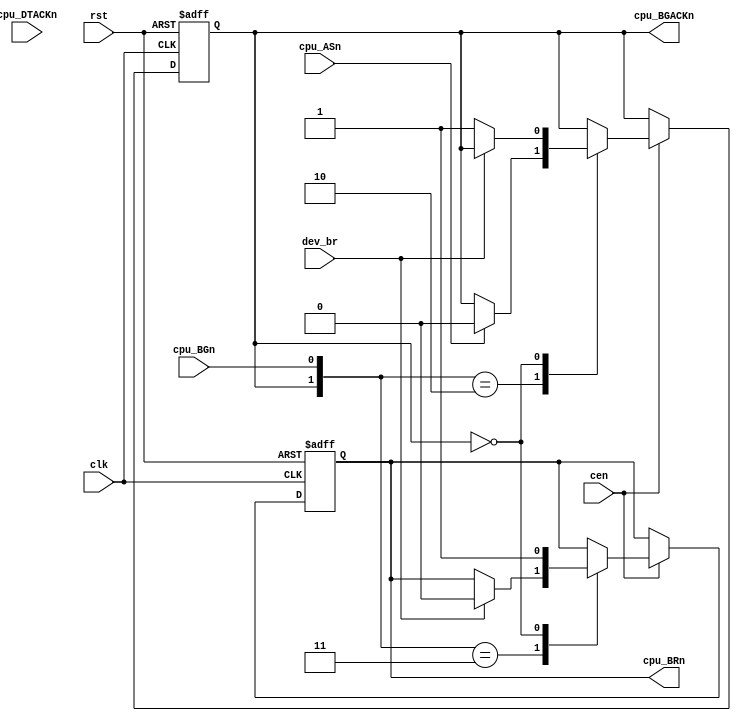
/*
  
   Multicore 2 / Multicore 2+
  
   Copyright (c) 2017-2020 - Victor Trucco

  
   All rights reserved
  
   Redistribution and use in source and synthezised forms, with or without
   modification, are permitted provided that the following conditions are met:
  
   Redistributions of source code must retain the above copyright notice,
   this list of conditions and the following disclaimer.
  
   Redistributions in synthesized form must reproduce the above copyright
   notice, this list of conditions and the following disclaimer in the
   documentation and/or other materials provided with the distribution.
  
   Neither the name of the author nor the names of other contributors may
   be used to endorse or promote products derived from this software without
   specific prior written permission.
  
   THIS CODE IS PROVIDED BY THE COPYRIGHT HOLDERS AND CONTRIBUTORS "AS IS"
   AND ANY EXPRESS OR IMPLIED WARRANTIES, INCLUDING, BUT NOT LIMITED TO,
   THE IMPLIED WARRANTIES OF MERCHANTABILITY AND FITNESS FOR A PARTICULAR
   PURPOSE ARE DISCLAIMED. IN NO EVENT SHALL THE AUTHOR OR CONTRIBUTORS BE
   LIABLE FOR ANY DIRECT, INDIRECT, INCIDENTAL, SPECIAL, EXEMPLARY, OR
   CONSEQUENTIAL DAMAGES (INCLUDING, BUT NOT LIMITED TO, PROCUREMENT OF
   SUBSTITUTE GOODS OR SERVICES; LOSS OF USE, DATA, OR PROFITS; OR BUSINESS
   INTERRUPTION) HOWEVER CAUSED AND ON ANY THEORY OF LIABILITY, WHETHER IN
   CONTRACT, STRICT LIABILITY, OR TORT (INCLUDING NEGLIGENCE OR OTHERWISE)
   ARISING IN ANY WAY OUT OF THE USE OF THIS SOFTWARE, EVEN IF ADVISED OF THE
   POSSIBILITY OF SUCH DAMAGE.
  
   You are responsible for any legal issues arising from your use of this code.
  
*//*  This file is part of JTFRAME.
    JTFRAME program is free software: you can redistribute it and/or modify
    it under the terms of the GNU General Public License as published by
    the Free Software Foundation, either version 3 of the License, or
    (at your option) any later version.

    JTFRAME program is distributed in the hope that it will be useful,
    but WITHOUT ANY WARRANTY; without even the implied warranty of
    MERCHANTABILITY or FITNESS FOR A PARTICULAR PURPOSE.  See the
    GNU General Public License for more details.

    You should have received a copy of the GNU General Public License
    along with JTFRAME.  If not, see <http://www.gnu.org/licenses/>.

    Author: Jose Tejada Gomez. Twitter: @topapate
    Version: 1.0
    Date: 12-9-2019 */

module jtframe_68kdma #(parameter BW=1)(
    input          clk,
    input          rst,
    input          cen,
    output     reg cpu_BRn,
    output     reg cpu_BGACKn,
    input          cpu_BGn,
    input          cpu_ASn,
    input          cpu_DTACKn,
    input [BW-1:0] dev_br      // high to signal a bus request from a device
);

always @(posedge clk, posedge rst)
    if( rst ) begin
        cpu_BRn    <= 1'b1;
        cpu_BGACKn <= 1'b1;
    end else if(cen) begin
        casez( {cpu_BGACKn, cpu_BGn} )
            2'b11: // waiting for bus request
                if( |dev_br ) begin
                    cpu_BRn <= 1'b0;                    
                end
            2'b10: begin // bus granted
                if( cpu_ASn /*&& cpu_DTACKn*/ ) cpu_BGACKn <= 1'b0;
            end
            2'b0?: begin // bus held by the device
                cpu_BRn  <= 1'b1;
                if( !(|dev_br) ) begin
                    cpu_BGACKn <= 1'b1; // frees the bus
                end
            end
        endcase
    end

endmodule